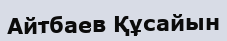
Айтбаев Құсайын